Report on the working of the Ranchi Indian Mental Hospital, Kanke, in Bihar and Orissa - 1930-1940
Year: 1930
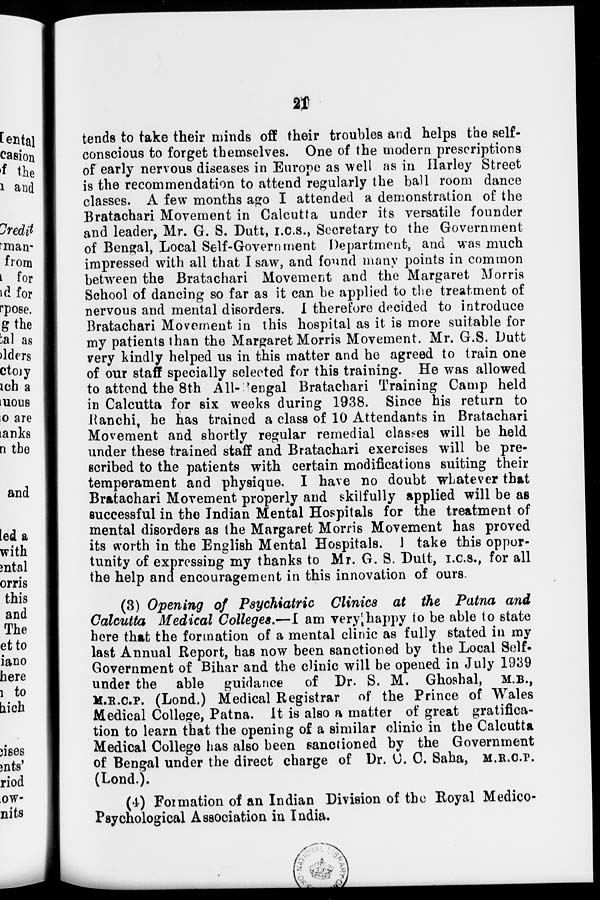
21
tends to take their minds off their troubles and helps the self-
conscious to forget themselves. One of the modern prescriptions
of early nervous diseases in Europe as well as in Harley Street
is the recommendation to attend regularly the ball room dance
classes. A few months ago I attended a demonstration of the
Bratachari Movement in Calcutta under its versatile founder
and leader, Mr. G. S. Dutt, I.C.S., Secretary to the Government
of Bengal, Local Self-Government Department, and was much
impressed with all that I saw, and found many points in common
between the Bratachari Movement and the Margaret Morris
School of dancing so far as it can be applied to the treatment of
nervous and mental disorders. I therefore decided to introduce
Bratachari Movement in this hospital as it is more suitable for
my patients than the Margaret Morris Movement. Mr. G.S. Dutt
very kindly helped us in this matter and he agreed to train one
of our staff specially selected for this training. He was allowed
to attend the 8th All-Bengal Bratachari Training Camp held
in Calcutta for six weeks during 1938. Since his return to
Ranchi, he has trained a class of 10 Attendants in Bratachari
Movement and shortly regular remedial classes will be held
under these trained staff and Bratachari exercises will be pre-
scribed to the patients with certain modifications suiting their
temperament and physique. I have no doubt whatever that
Bratachari Movement properly and skilfully applied will be as
successful in the Indian Mental Hospitals for the treatment of
mental disorders as the Margaret Morris Movement has proved
its worth in the English Mental Hospitals. I take this oppor-
tunity of expressing my thanks to Mr. G. S. Dutt, I.C.S., for all
the help and encouragement in this innovation of ours.
(3) Opening of Psychiatric Clinics at the Patna and
Calcutta Medical Colleges.—I am very happy to be able to state
here that the formation of a mental clinic as fully stated in my
last Annual Report, has now been sanctioned by the Local Self-
Government of Bihar and the clinic will be opened in July 1939
under the able guidance of Dr. S. M. Ghoshal, M.B.,
M.R.C.P. (Lond.) Medical Registrar of the Prince of Wales
Medical College, Patna. It is also a matter of great gratifica-
tion to learn that the opening of a similar clinic in the Calcutta
Medical College has also been sanctioned by the Government
of Bengal under the direct charge of Dr. C. C. Saha, M.R.C.P.
(Lond.).
(4) Formation of an Indian Division of the Royal Medico-
Psychological Association in India.